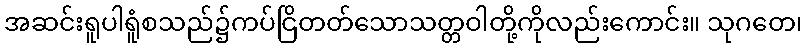
အဆင်းရူပါရူံစသည်၌ကပ်ငြိတတ်သောသတ္တဝါတို့ကိုလည်းကောင်း။ သုဂတေ၊